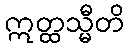
ဣတ္ထသ္မီတိ